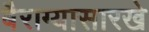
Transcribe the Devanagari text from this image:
बैराग्यासारखे